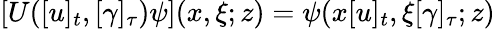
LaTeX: \lbrack U([u]_{t},[\gamma]_{\tau})\psi](x,\xi;z)=\psi(x[u]_{t},\xi\lbrack\gamma]_{\tau};z)